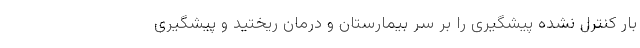
بار کنترل نشده پیشگیری را بر سر بیمارستان و درمان ریختید و پیشگیری